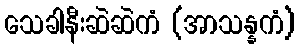
သေခါနီးဆဲဆဲကံ (အာသန္နကံ)